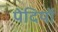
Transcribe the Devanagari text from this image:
पेंदियों